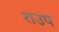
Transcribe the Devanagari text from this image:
राउप